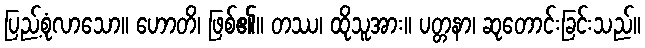
ပြည့်စုံလာသော။ ဟောတိ၊ ဖြစ်၏။ တဿ၊ ထိုသူအား။ ပတ္တနာ၊ ဆုတောင်းခြင်းသည်။